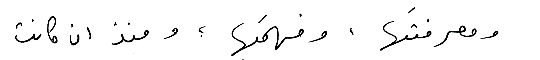
ومعرفتَها، وفهمَها؛ ومنذ ان كانت